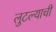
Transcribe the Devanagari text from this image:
लुटल्याची